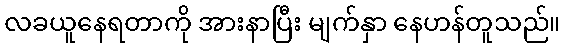
လခယူနေရတာကို အားနာပြီး မျက်နှာ နေဟန်တူသည်။